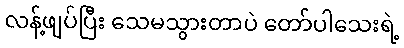
လန့်ဖျပ်ပြီး သေမသွားတာပဲ တော်ပါသေးရဲ့